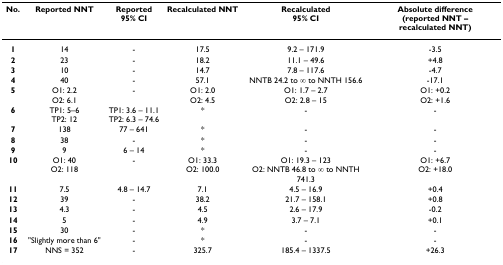
<table><thead><tr><td><b>No.</b></td><td><b>Reported NNT</b></td><td><b>Reported95% CI</b></td><td><b>Recalculated NNT</b></td><td><b>Recalculated95% CI</b></td><td><b>Absolute difference(reported NNT – recalculated NNT)</b></td></tr></thead><tbody><tr><td><b>1</b></td><td>14</td><td>-</td><td>17.5</td><td>9.2 – 171.9</td><td>-3.5</td></tr><tr><td><b>2</b></td><td>23</td><td>-</td><td>18.2</td><td>11.1 – 49.6</td><td>+4.8</td></tr><tr><td><b>3</b></td><td>10</td><td>-</td><td>14.7</td><td>7.8 – 117.6</td><td>-4.7</td></tr><tr><td><b>4</b></td><td>40</td><td>-</td><td>57.1</td><td>NNTB 24.2 to ∞ to NNTH 156.6</td><td>-17.1</td></tr><tr><td><b>5</b></td><td>O1: 2.2O2: 6.1</td><td>-</td><td>O1: 2.0O2: 4.5</td><td>O1: 1.7 – 2.7O2: 2.8 – 15</td><td>O1: +0.2O2: +1.6</td></tr><tr><td><b>6</b></td><td>TP1: 5–6TP2: 12</td><td>TP1: 3.6 – 11.1TP2: 6.3 – 74.6</td><td>*</td><td>-</td><td>-</td></tr><tr><td><b>7</b></td><td>138</td><td>77 – 641</td><td>*</td><td>-</td><td>-</td></tr><tr><td><b>8</b></td><td>38</td><td>-</td><td>*</td><td>-</td><td>-</td></tr><tr><td><b>9</b></td><td>9</td><td>6 – 14</td><td>*</td><td>-</td><td>-</td></tr><tr><td><b>10</b></td><td>O1: 40O2: 118</td><td>-</td><td>O1: 33.3O2: 100.0</td><td>O1: 19.3 – 123O2: NNTB 46.8 to ∞ to NNTH 741.3</td><td>O1: +6.7O2: +18.0</td></tr><tr><td><b>11</b></td><td>7.5</td><td>4.8 – 14.7</td><td>7.1</td><td>4.5 – 16.9</td><td>+0.4</td></tr><tr><td><b>12</b></td><td>39</td><td>-</td><td>38.2</td><td>21.7 – 158.1</td><td>+0.8</td></tr><tr><td><b>13</b></td><td>4.3</td><td>-</td><td>4.5</td><td>2.6 – 17.9</td><td>-0.2</td></tr><tr><td><b>14</b></td><td>5</td><td>-</td><td>4.9</td><td>3.7 – 7.1</td><td>+0.1</td></tr><tr><td><b>15</b></td><td>30</td><td>-</td><td>*</td><td>-</td><td>-</td></tr><tr><td><b>16</b></td><td>&quot;Slightly more than 6&quot;</td><td>-</td><td>*</td><td>-</td><td>-</td></tr><tr><td><b>17</b></td><td>NNS = 352</td><td>-</td><td>325.7</td><td>185.4 – 1337.5</td><td>+26.3</td></tr></tbody></table>